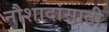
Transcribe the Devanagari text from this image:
नौशादांसाठी